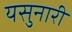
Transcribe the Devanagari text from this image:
यसुनारी